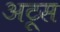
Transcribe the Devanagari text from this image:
अटूस